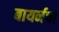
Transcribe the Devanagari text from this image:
बायर्नचा